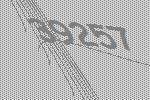
39257